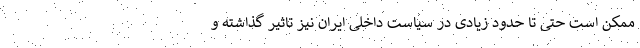
ممکن است حتی تا حدود زیادی در سیاست داخلی ایران نیز تاثیر گذاشته و